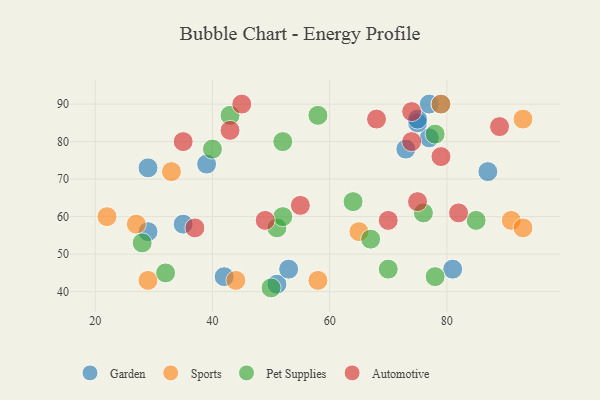
{"axis": {"x": "GDP", "y": "Life Expectancy"}, "legend": ["Automotive", "Garden", "Pet Supplies", "Sports"], "data": [{"x": "51", "y": 42, "type": "Garden"}, {"x": "81", "y": 46, "type": "Garden"}, {"x": "77", "y": 81, "type": "Garden"}, {"x": "29", "y": 56, "type": "Garden"}, {"x": "87", "y": 72, "type": "Garden"}, {"x": "39", "y": 74, "type": "Garden"}, {"x": "75", "y": 85, "type": "Garden"}, {"x": "29", "y": 73, "type": "Garden"}, {"x": "73", "y": 78, "type": "Garden"}, {"x": "42", "y": 44, "type": "Garden"}, {"x": "75", "y": 86, "type": "Garden"}, {"x": "77", "y": 90, "type": "Garden"}, {"x": "79", "y": 90, "type": "Garden"}, {"x": "53", "y": 46, "type": "Garden"}, {"x": "35", "y": 58, "type": "Garden"}, {"x": "29", "y": 43, "type": "Sports"}, {"x": "65", "y": 56, "type": "Sports"}, {"x": "91", "y": 59, "type": "Sports"}, {"x": "79", "y": 90, "type": "Sports"}, {"x": "27", "y": 58, "type": "Sports"}, {"x": "58", "y": 43, "type": "Sports"}, {"x": "22", "y": 60, "type": "Sports"}, {"x": "93", "y": 57, "type": "Sports"}, {"x": "93", "y": 86, "type": "Sports"}, {"x": "44", "y": 43, "type": "Sports"}, {"x": "33", "y": 72, "type": "Sports"}, {"x": "32", "y": 45, "type": "Pet Supplies"}, {"x": "50", "y": 41, "type": "Pet Supplies"}, {"x": "78", "y": 44, "type": "Pet Supplies"}, {"x": "58", "y": 87, "type": "Pet Supplies"}, {"x": "67", "y": 54, "type": "Pet Supplies"}, {"x": "40", "y": 78, "type": "Pet Supplies"}, {"x": "51", "y": 57, "type": "Pet Supplies"}, {"x": "52", "y": 80, "type": "Pet Supplies"}, {"x": "64", "y": 64, "type": "Pet Supplies"}, {"x": "76", "y": 61, "type": "Pet Supplies"}, {"x": "78", "y": 82, "type": "Pet Supplies"}, {"x": "70", "y": 46, "type": "Pet Supplies"}, {"x": "43", "y": 87, "type": "Pet Supplies"}, {"x": "28", "y": 53, "type": "Pet Supplies"}, {"x": "52", "y": 60, "type": "Pet Supplies"}, {"x": "85", "y": 59, "type": "Pet Supplies"}, {"x": "74", "y": 80, "type": "Automotive"}, {"x": "79", "y": 76, "type": "Automotive"}, {"x": "37", "y": 57, "type": "Automotive"}, {"x": "45", "y": 90, "type": "Automotive"}, {"x": "49", "y": 59, "type": "Automotive"}, {"x": "35", "y": 80, "type": "Automotive"}, {"x": "74", "y": 88, "type": "Automotive"}, {"x": "43", "y": 83, "type": "Automotive"}, {"x": "89", "y": 84, "type": "Automotive"}, {"x": "70", "y": 59, "type": "Automotive"}, {"x": "75", "y": 64, "type": "Automotive"}, {"x": "68", "y": 86, "type": "Automotive"}, {"x": "55", "y": 63, "type": "Automotive"}, {"x": "82", "y": 61, "type": "Automotive"}]}